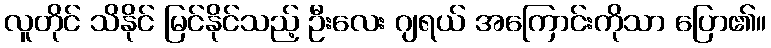
လူတိုင် သိနိုင် မြင်နိုင်သည့် ဦးလေး ဂျရယ် အကြောင်းကိုသာ ပြော၏။